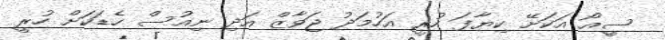
ސީއޯ އަކަށޭ ކިޔާފަ ހުރީ އަހުމަދު ޖަވާޒް އަދި ނިއުސް ހެޑަކަށް ހުރީ